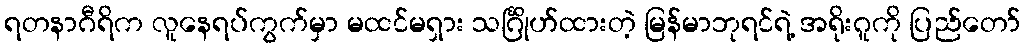
ရတနာဂီရိက လူနေရပ်ကွက်မှာ မထင်မရှား သင်္ဂြိုဟ်ထားတဲ့ မြန်မာဘုရင်ရဲ့ အရိုးဂူကို ပြည်တော်